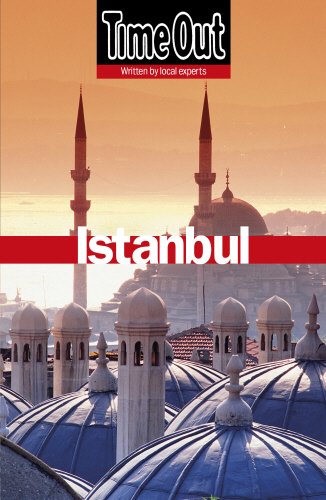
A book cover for Time Out Istanbul; Editors of Time Out; Travel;